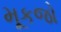
મૂકજો